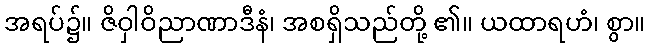
အရပ်၌။ ဇိဝှါဝိညာဏာဒီနံ၊ အစရှိသည်တို့ ၏။ ယထာရဟံ၊ စွာ။